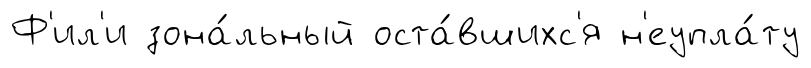
Ф'ил'и зона́льный оста́вшихс'я н'еупла́ту